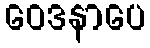
ဝေဒနာပေ